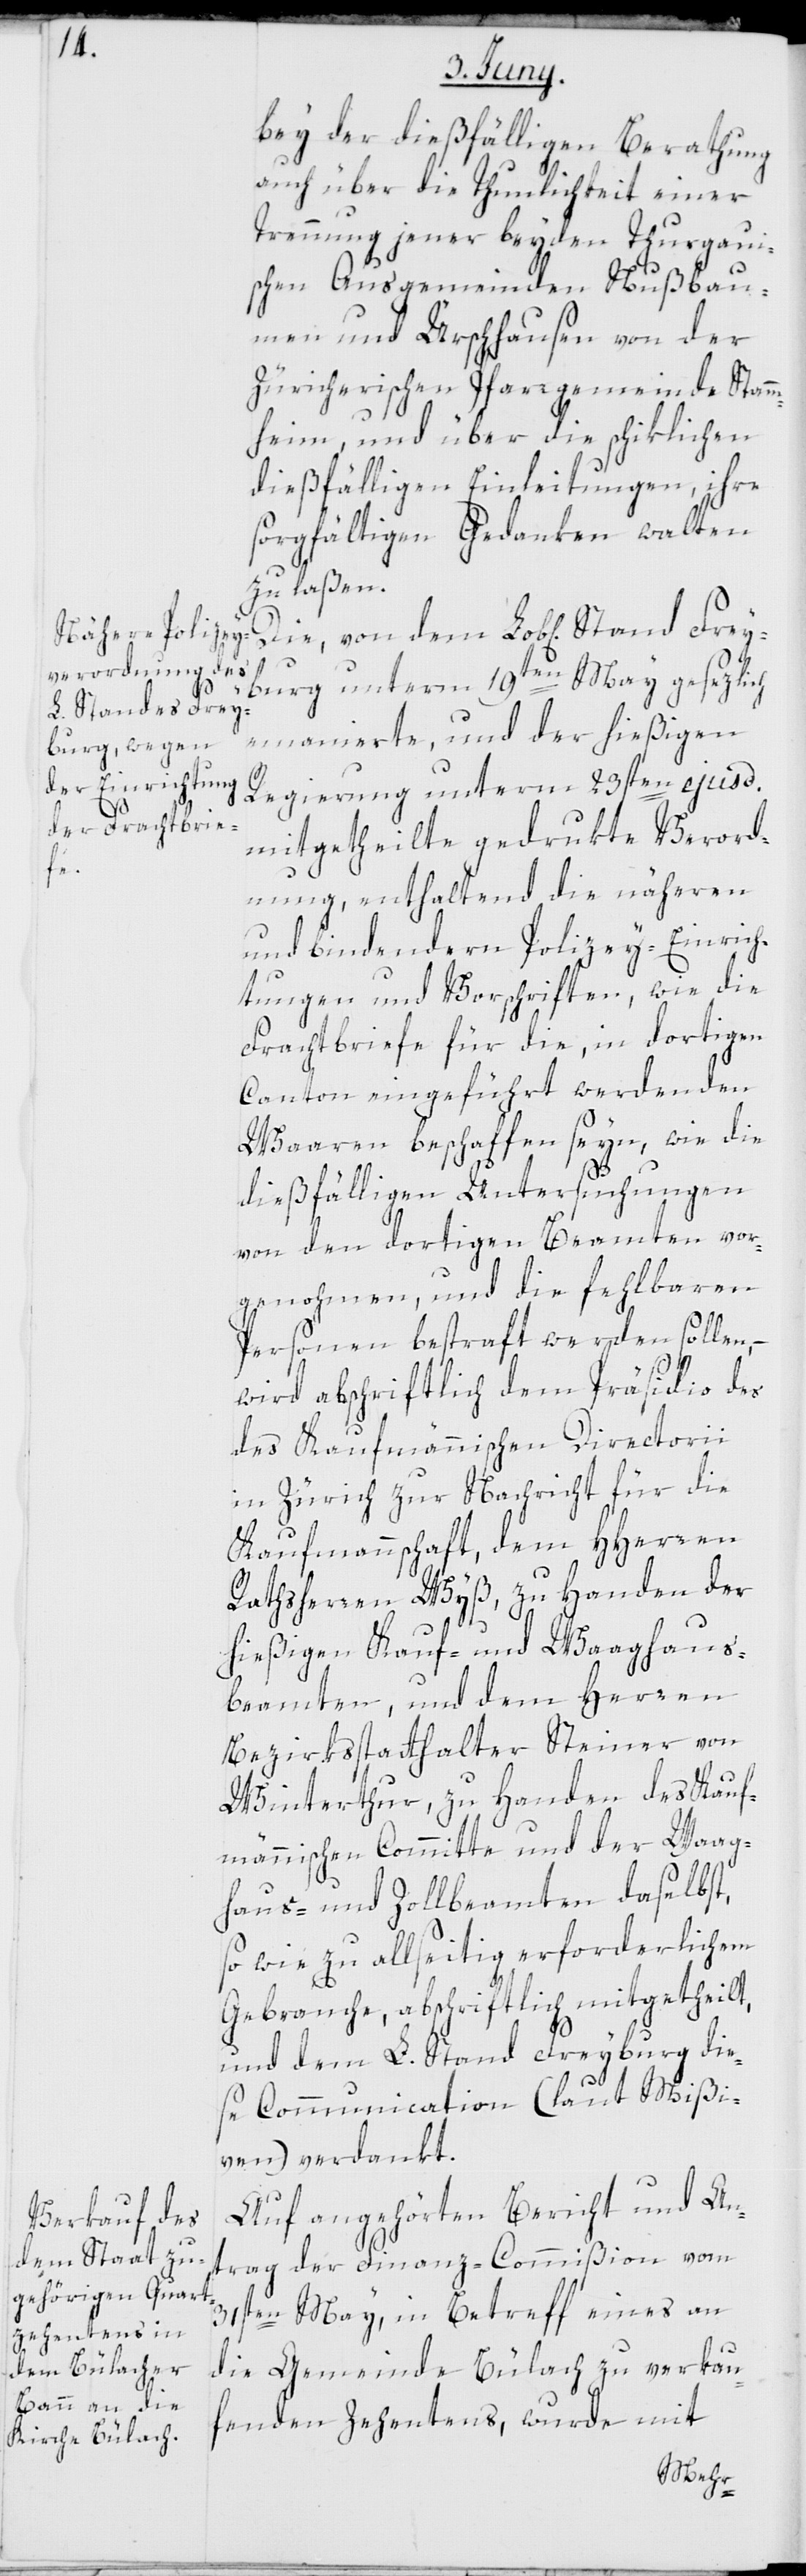
bey der dießfälligen Berathung
auch über die Thunlichkeit einer
Trennung jener beyden Thurgaui¬
schen Ausgemeinden Nußbau¬
men und Ürschhausen von der
Züricherischen Pfarrgemeinde Stamm¬
heim, und über die schiklichen
dießfälligen Einleitungen, ihre
sorgfältigen Gedanken walten
zu laßen.
Die von dem L. Stand Frey¬
burg unterm 19ten May gesezlich
emanierte, und der hießigen
Regierung unterm 23sten ejusd.
mitgetheilte gedrukte Verord¬
nung, enthaltend die näheren
und bindendern Polizey-Einrich¬
tungen und Vorschriften, wie die
Frachtbriefe für die, in dortigen
Canton eingeführt werdenden
Waaren beschaffen seyn, wie die
dießfälligen Untersuchungen
von den dortigen Beamten vor¬
genohmen, und die fehlbaren
Personen bestraft werden sollen,
wird abschriftlich dem Präsidio de¬
s Kaufmännischen Directorii
in Zürich zur Nachricht für die
Kaufmannschaft, dem HHerren
Ratsherren Wyß, zu Handen der
hießigen Kauf- und Waaghaus¬
beamten, und dem Herren
Bezirksstatthalter Steiner von
Winterthur, zu Handen des Kauf¬
männischen Committe und der Waag¬
haus- und Zollbeamten daselbst,
sowie zu allseitig erforderlichem
Gebrauche, abschriftlich mitgetheilt,
und dem L. Stand Freyburg die¬
se Communication (laut Mißi¬
ven) verdankt.
Auf angehörten Bericht und An¬
trag der Finanz-Commißion vom
31sten May, in Betreff eines an
die Gemeinde Bülach zu verkau¬
fenden Zehentens, wurde mit